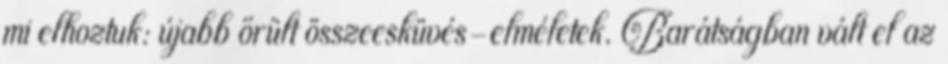
mi elhoztuk: újabb őrült összeesküvés-elméletek. Barátságban vált el az